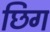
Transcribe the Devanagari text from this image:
छिग